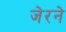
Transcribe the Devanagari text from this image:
जेरने